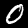
Digit: 0